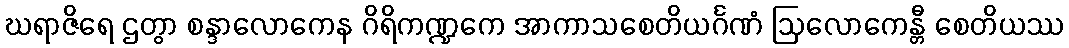
ဃရာဇိရေ ဌတွာ စန္ဒာလောကေန ဂိရိကဏ္ဍကေ အာကာသစေတိယင်္ဂဏံ ဩလောကေန္တီ စေတိယဿ